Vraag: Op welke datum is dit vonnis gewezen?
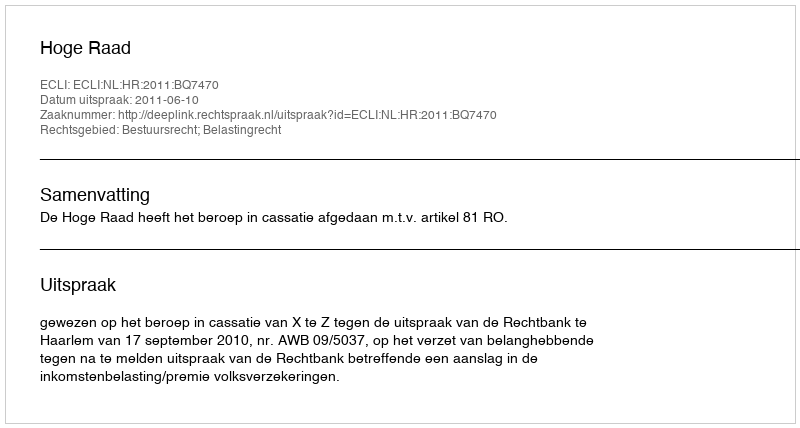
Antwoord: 2011-06-10